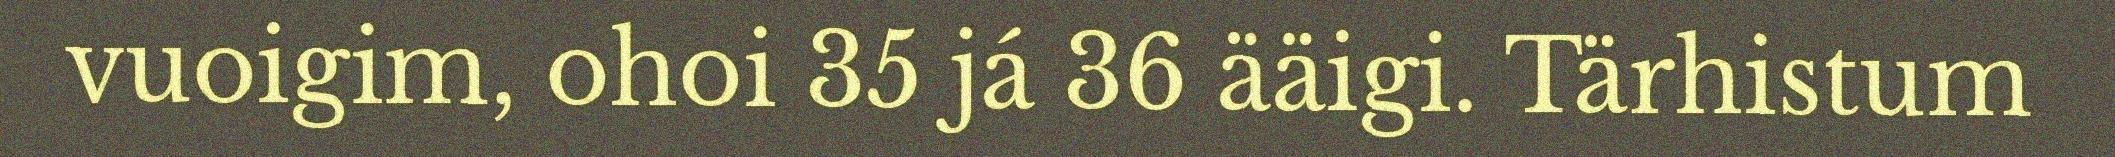
vuoigim, ohoi 35 já 36 ääigi. Tärhistum